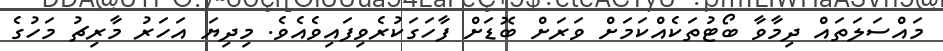
މައްސަލަތައް ދިމާވާ ބޯޓުތަކެއްކަމަށް ވަރަށް ބޮޑަށް ފާހަގަކުރެވިފައިވެއެވެ. މިދިޔަ އަހަރު މާރިޗު މަހުގެ